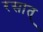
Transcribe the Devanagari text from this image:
रसात्